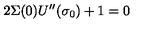
2 \Sigma ( 0 ) U ^ { \prime \prime } ( \sigma _ { 0 } ) + 1 = 0